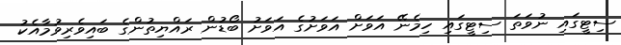
ސިޓީގައި ނުވަތަ ސިޓީގައި ހިމެނޭ އަވަށް އަވަށުގެ އަވަށު ބޯޑުން ރައްޔިތުންގެ ބައިވެރިވުމާއެކު